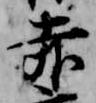
赤